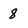
Character: 8